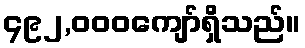
၄၉၂,၀၀၀ကျော်ရှိသည်။